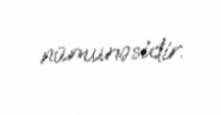
nümunəsidir.